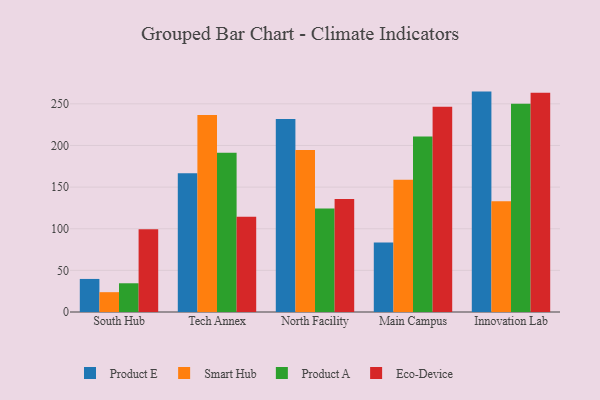
{"axis": {"x": "Campus", "y": "Active Users"}, "legend": ["Eco-Device", "Product A", "Product E", "Smart Hub"], "data": [{"x": "South Hub", "y": 39.7, "type": "Product E"}, {"x": "South Hub", "y": 23.8, "type": "Smart Hub"}, {"x": "South Hub", "y": 34.5, "type": "Product A"}, {"x": "South Hub", "y": 99.5, "type": "Eco-Device"}, {"x": "Tech Annex", "y": 166.5, "type": "Product E"}, {"x": "Tech Annex", "y": 236.5, "type": "Smart Hub"}, {"x": "Tech Annex", "y": 191.4, "type": "Product A"}, {"x": "Tech Annex", "y": 114.4, "type": "Eco-Device"}, {"x": "North Facility", "y": 231.9, "type": "Product E"}, {"x": "North Facility", "y": 194.7, "type": "Smart Hub"}, {"x": "North Facility", "y": 124.4, "type": "Product A"}, {"x": "North Facility", "y": 135.6, "type": "Eco-Device"}, {"x": "Main Campus", "y": 83.5, "type": "Product E"}, {"x": "Main Campus", "y": 158.7, "type": "Smart Hub"}, {"x": "Main Campus", "y": 210.7, "type": "Product A"}, {"x": "Main Campus", "y": 246.6, "type": "Eco-Device"}, {"x": "Innovation Lab", "y": 264.7, "type": "Product E"}, {"x": "Innovation Lab", "y": 133.0, "type": "Smart Hub"}, {"x": "Innovation Lab", "y": 250.2, "type": "Product A"}, {"x": "Innovation Lab", "y": 263.4, "type": "Eco-Device"}]}